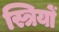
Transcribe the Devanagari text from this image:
स्त्रियों